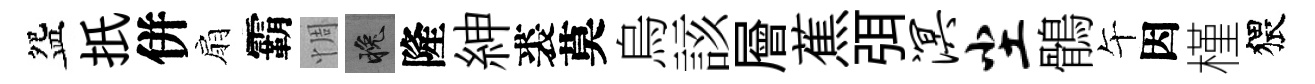
盌扺併扇霸惆晚隆紳裘莫烏該層蕉弭溟尘鶻午因槿猥